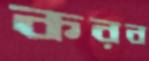
করব